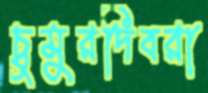
চুমুরদিবরা